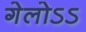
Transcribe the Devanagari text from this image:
गेलोऽऽ